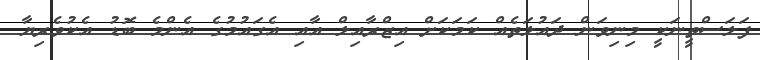
ފަލަސްތީނަކީ މިނިވަން ދައުލަތެއް ކަމަކަށް އިޒްރާއިލް އާއި އެގައުމުގެ އެންމެ ބޮޑު އެކުވެރިޔާ